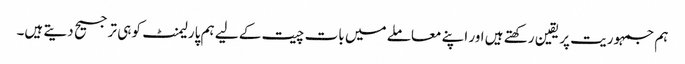
ہم جمہوریت پر یقین رکھتے ہیں اور اپنے معاملے میں بات چیت کے لیے ہم پارلیمنٹ کو ہی ترجیح دیتے ہیں۔